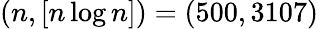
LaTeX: (n,[n\log n])=(500,3107)